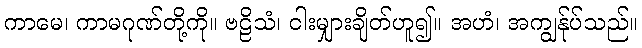
ကာမေ၊ ကာမဂုဏ်တို့ကို။ ဗဠိသံ၊ ငါးမျှားချိတ်ဟူ၍။ အဟံ၊ အကျွန်ုပ်သည်။